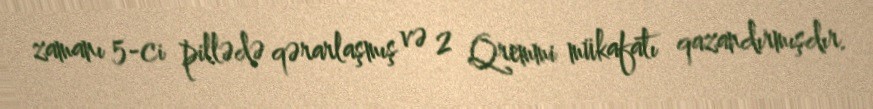
zamanı 5-ci pillədə qərarlaşmış və 2 Qremmi mükafatı qazandırmışdır.